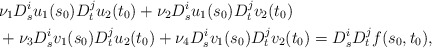
\begin{align*}& \nu_1 D_s^i u_1(s_0) D_t^j u_2(t_0) + \nu_2 D_s^i u_1(s_0) D_t^j v_2(t_0) \\& + \nu_3 D_s^i v_1(s_0) D_t^j u_2(t_0) + \nu_4 D_s^i v_1(s_0) D_t^j v_2(t_0) = D_s^i D_t^j f(s_0,t_0),\end{align*}